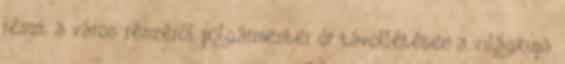
részt a város részéről polgármester úr távollétében a világkupa